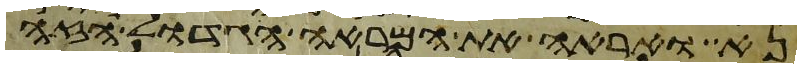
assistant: נא ואראה את המראה הגדול הזה